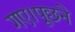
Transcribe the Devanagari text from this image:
गए।पूछने